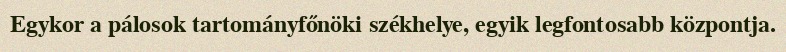
Egykor a pálosok tartományfőnöki székhelye, egyik legfontosabb központja.